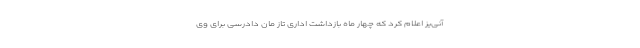
آنی‌یز اعلام کرد که چهار ماه بازداشت اداری تاز مان دادرسی برای وی